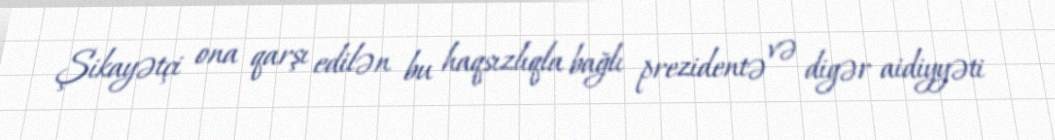
Şikayətçi ona qarşı edilən bu haqsızlıqla bağlı prezidentə və digər aidiyyəti